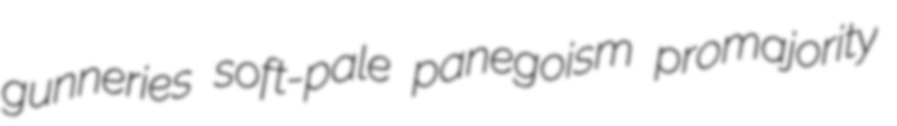
gunneries soft-pale panegoism promajority